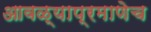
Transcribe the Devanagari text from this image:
आवळ्याप्रमाणेच